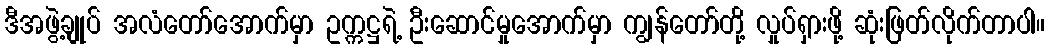
ဒီအဖွဲ့ချုပ် အလံတော်အောက်မှာ ဥက္ကဋ္ဌရဲ့ ဦးဆောင်မှုအောက်မှာ ကျွန်တော်တို့ လှုပ်ရှားဖို့ ဆုံးဖြတ်လိုက်တာပါ။